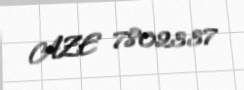
AZE 7802337